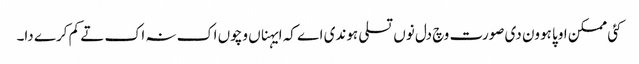
کئی ممکن اوپا ہوون دی صورت وچ دل نوں تسلی ہوندی اے کہ ایہناں وچوں اک نہ اک تے کم کرے دا۔